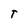
Character: T